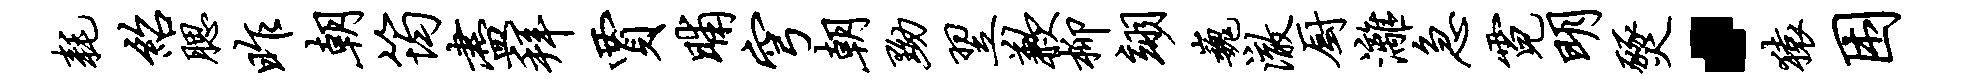
耗绍腮昨朝筠尽拜贾晡穹朝黝翌歉柳翊巍澈厨漓急霓明燹·猿困